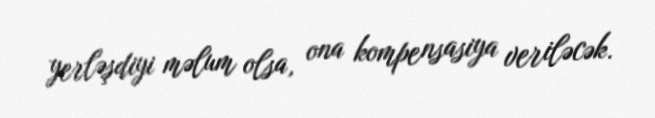
yerləşdiyi məlum olsa, ona kompensasiya veriləcək.